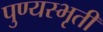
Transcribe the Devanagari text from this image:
पुण्यस्भृती